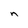
Character: n